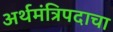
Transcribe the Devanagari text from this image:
अर्थमंत्रिपदाचा